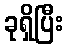
ခုရှိပြီး